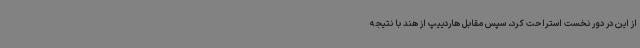
از این در دور نخست استراحت کرد، سپس مقابل هاردییپ از هند با نتیجه